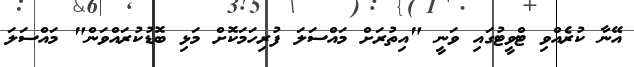
އޭނާ ކުރެއްވި ޓްވީޓުގައި ވަނީ "އިތުރަށް މައްސަލަ ފުރިހަމަކޮށް މަޅި ބޮޑުކުރައްވަން" މައްސަލަ